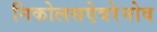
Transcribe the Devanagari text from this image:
निकोलसऐवरेनोव